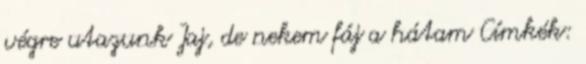
végre utazunk Jaj, de nekem fáj a hátam Címkék: